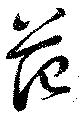
范